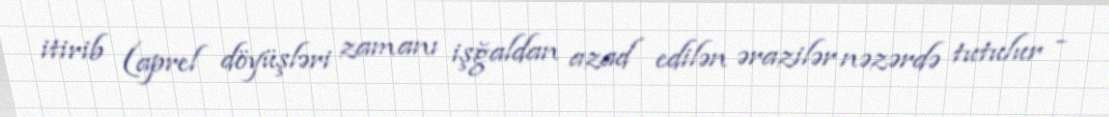
itirib (aprel döyüşləri zamanı işğaldan azad edilən ərazilər nəzərdə tutulur -